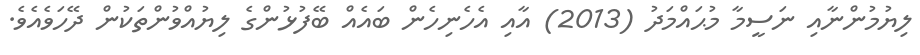
ލިޔުމުންނާއި ނަސީމާ މުޙައްމަދު (2013) އާއި އެހެނިހެން ބައެއް ބޭފުޅުންގެ ލިޔުއްވުންތަކުން ދޭހަވެއެވެ.